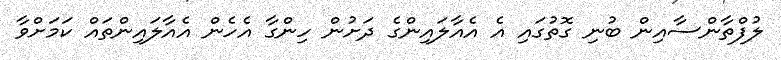
ލުފްތާންސާއިން ބުނި ގޮތުގައި އެ އެއާލައިންގެ ދަށުން ހިންގާ އެހެން އެއާލައިންތައް ކަމަށްވާ